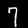
Digit: 7